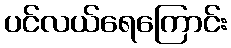
ပင်လယ်ရေကြောင်း